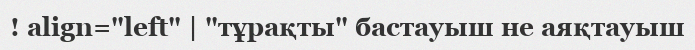
! align="left" | "тұрақты" бастауыш не аяқтауыш